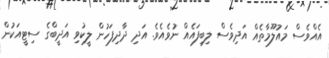
އެއްވެސް މައުލޫމާތެއް އަދިވެސް ލިބިފައެއް ނުވެއެވެ. އަދި ދާދިފަހުން ލީކުވި އަދީބްގެ ސިޓީއަކުން